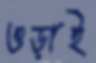
ওড়াই